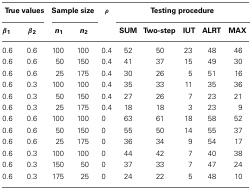
<table><thead><tr><td colspan="2"><b>True values</b></td><td colspan="2"><b>Sample size</b></td><td><b>ρ</b></td><td colspan="5"><b>Testing procedure</b></td></tr><tr><td><b>β<sub>1</sub></b></td><td><b>β<sub>2</sub></b></td><td><b><i>n</i><sub>1</sub></b></td><td><b><i>n</i><sub>2</sub></b></td><td></td><td><b>SUM</b></td><td><b>Two-step</b></td><td><b>IUT</b></td><td><b>ALRT</b></td><td><b>MAX</b></td></tr></thead><tbody><tr><td>0.6</td><td>0.6</td><td>100</td><td>100</td><td>0.4</td><td>52</td><td>50</td><td>23</td><td>48</td><td>46</td></tr><tr><td>0.6</td><td>0.6</td><td>50</td><td>150</td><td>0.4</td><td>41</td><td>37</td><td>15</td><td>49</td><td>30</td></tr><tr><td>0.6</td><td>0.6</td><td>25</td><td>175</td><td>0.4</td><td>30</td><td>26</td><td>5</td><td>51</td><td>16</td></tr><tr><td>0.6</td><td>0.3</td><td>100</td><td>100</td><td>0.4</td><td>35</td><td>33</td><td>11</td><td>35</td><td>36</td></tr><tr><td>0.6</td><td>0.3</td><td>50</td><td>150</td><td>0.4</td><td>27</td><td>26</td><td>7</td><td>23</td><td>21</td></tr><tr><td>0.6</td><td>0.3</td><td>25</td><td>175</td><td>0.4</td><td>18</td><td>18</td><td>3</td><td>23</td><td>9</td></tr><tr><td>0.6</td><td>0.6</td><td>100</td><td>100</td><td>0</td><td>63</td><td>61</td><td>18</td><td>58</td><td>52</td></tr><tr><td>0.6</td><td>0.6</td><td>50</td><td>150</td><td>0</td><td>55</td><td>50</td><td>14</td><td>55</td><td>37</td></tr><tr><td>0.6</td><td>0.6</td><td>25</td><td>175</td><td>0</td><td>36</td><td>34</td><td>9</td><td>54</td><td>17</td></tr><tr><td>0.6</td><td>0.3</td><td>100</td><td>100</td><td>0</td><td>44</td><td>42</td><td>7</td><td>40</td><td>38</td></tr><tr><td>0.6</td><td>0.3</td><td>150</td><td>50</td><td>0</td><td>37</td><td>33</td><td>7</td><td>47</td><td>24</td></tr><tr><td>0.6</td><td>0.3</td><td>175</td><td>25</td><td>0</td><td>24</td><td>22</td><td>5</td><td>48</td><td>10</td></tr></tbody></table>